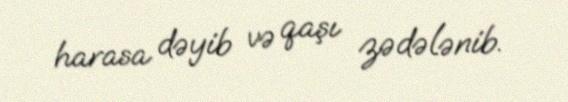
harasa dəyib və qaşı zədələnib.